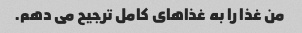
من غذا را به غذاهای کامل ترجیح می دهم.